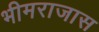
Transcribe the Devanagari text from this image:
भीमराजास